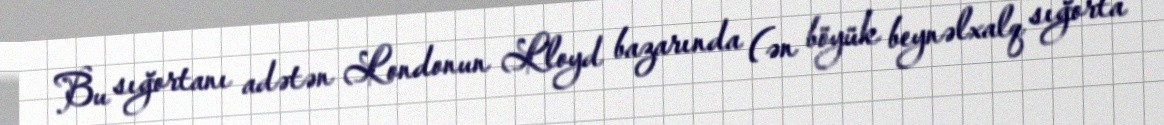
Bu sığortanı adətən Londonun Lloyd bazarında (ən böyük beynəlxalq sığorta